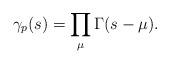
LaTeX: \begin{align*}\gamma_p(s) = \prod_{\mu} \Gamma(s - \mu).\end{align*}